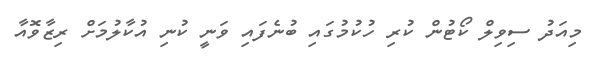
މިއަދު ސިވިލް ކޯޓުން ކުރި ހުކުމުގައި ބުނެފައި ވަނީ ކުނި އުކާލުމަށް ރިޒާވޮއާ